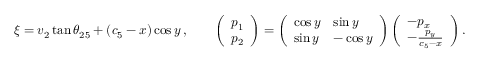
\xi = v _ { 2 } \tan \theta _ { 2 5 } + ( c _ { 5 } - x ) \cos y \, , \qquad \left( \begin{array} { l } { p _ { 1 } } \\ { p _ { 2 } } \end{array} \right) = \left( \begin{array} { l l } { \cos y } & { \sin y } \\ { \sin y } & { - \cos y } \end{array} \right) \left( \begin{array} { l } { - p _ { x } } \\ { - \frac { p _ { y } } { c _ { 5 } - x } } \end{array} \right) .